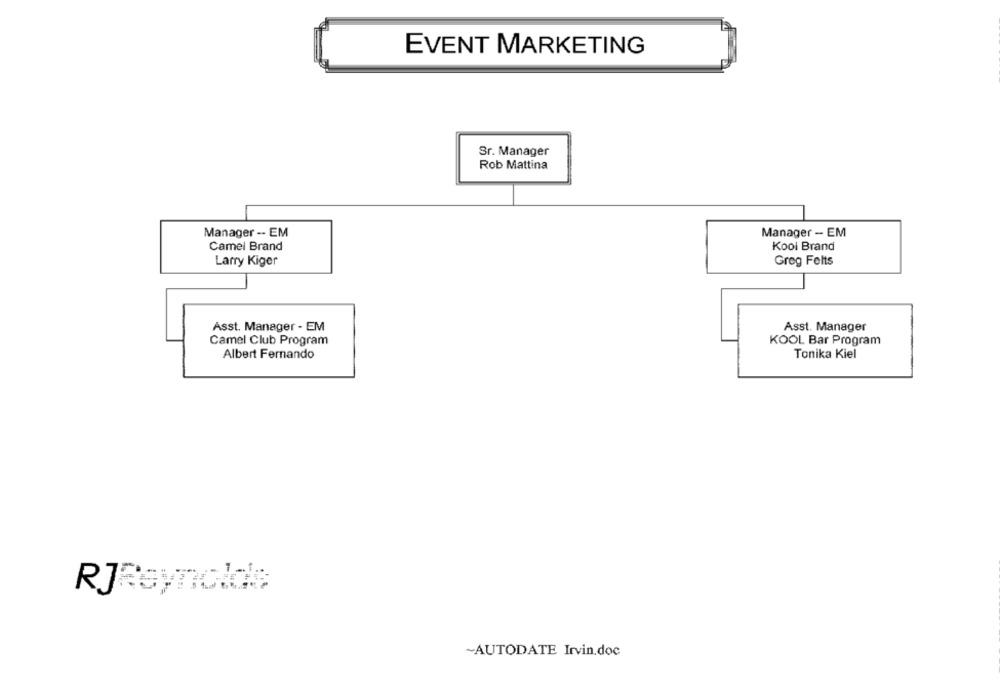
EVENT MARKETING
Sr. Manager
Rob Mattina
Manager -- EM
Manager - EM
Camel Brand
Kool Brand
Larry Kiger
Greg Felts
Asst. Manager - EM
Asst. Manager
Camel Club Program
KOOL Bar Program
Albert Fernando
Tonika Kiel
RJReynolds
~AUTODATE Irvin.doc